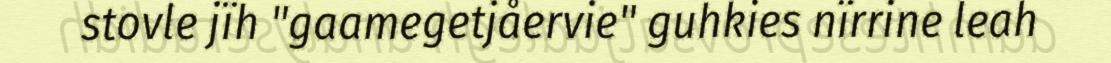
stovle jïh "gaamegetjåervie" guhkies nïrrine leah